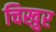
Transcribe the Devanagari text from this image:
चिखुर